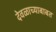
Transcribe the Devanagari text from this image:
देवळाच्याबाबत